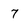
Character: 7